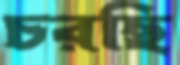
চরছি